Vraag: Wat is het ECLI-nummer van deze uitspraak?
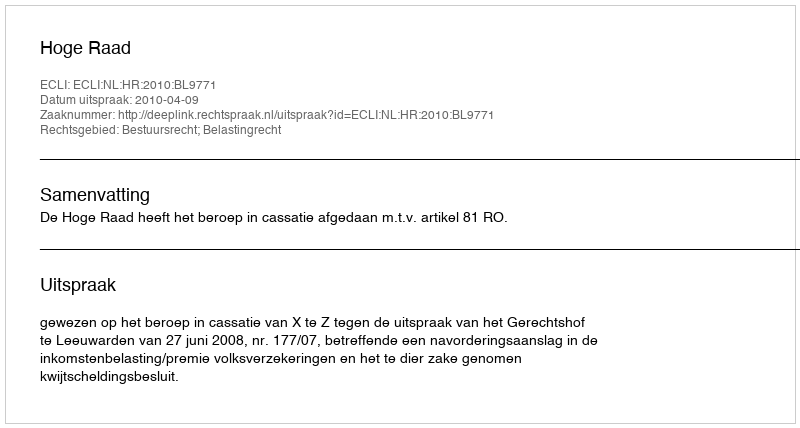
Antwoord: ECLI:NL:HR:2010:BL9771